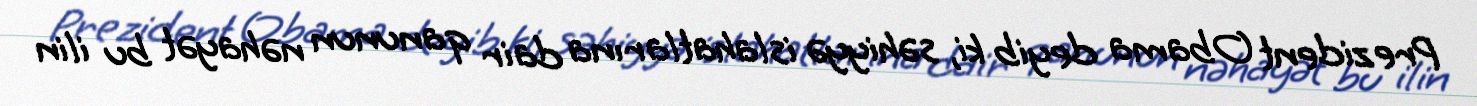
Prezident Obama deyib ki, səhiyyə islahatlarına dair qanunun nəhayət bu ilin